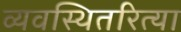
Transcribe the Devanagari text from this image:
व्यवस्थितरित्या